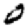
Digit: 0